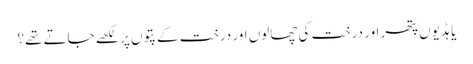
یا ہڈیوں پتھر اور درخت کی چھالوں اور درخت کے پتوں پر لکھے جاتے تھے؟